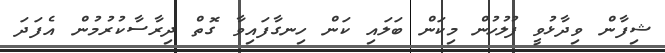
ޝިފާން ވިދާޅުވީ ފުލުހުން މިކަން ބަލައި ކަން ހިނގާފައިވާ ގޮތް ދިރާސާކުރުމުން އެފަދަ